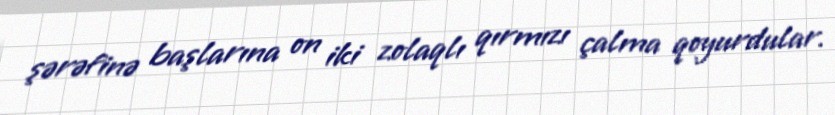
şərəfinə başlarına on iki zolaqlı qırmızı çalma qoyurdular.